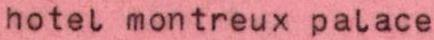
hotel montreux palace